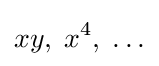
xy,\;x^{4},\;\ldots